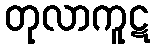
တုလာကူဋ